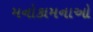
મનોકામનાઓ